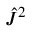
{ \hat { J } } ^ { 2 }